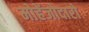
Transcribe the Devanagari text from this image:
मोहेंजोदारो